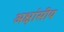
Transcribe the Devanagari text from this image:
अक्षांसीय